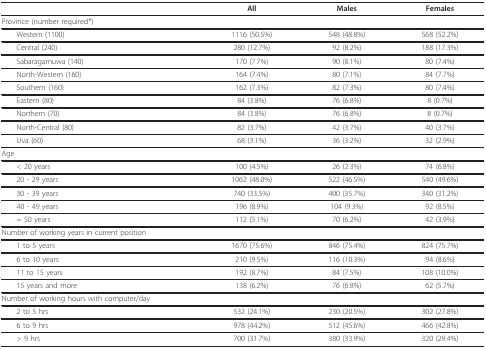
|  | All | Males | Females |
 | --- | --- | --- | --- |
 | Province (number required*) |  |  |  |
 | Western (1100) | 1116 (50.5%) | 548 (48.8%) | 568 (52.2%) |
 | Central (240) | 280 (12.7%) | 92 (8.2%) | 188 (17.3%) |
 | Sabaragamuwa (140) | 170 (7.7%) | 90 (8.1%) | 80 (7.4%) |
 | North-Western (160) | 164 (7.4%) | 80 (7.1%) | 84 (7.7%) |
 | Southern (160) | 162 (7.3%) | 82 (7.3%) | 80 (7.4%) |
 | Eastern (80) | 84 (3.8%) | 76 (6.8%) | 8 (0.7%) |
 | Northern (70) | 84 (3.8%) | 76 (6.8%) | 8 (0.7%) |
 | North-Central (80) | 82 (3.7%) | 42 (3.7%) | 40 (3.7%) |
 | Uva (60) | 68 (3.1%) | 36 (3.2%) | 32 (2.9%) |
 | Age |  |  |  |
 | < 20 years | 100 (4.5%) | 26 (2.3%) | 74 (6.8%) |
 | 20 - 29 years | 1062 (48.0%) | 522 (46.5%) | 540 (49.6%) |
 | 30 - 39 years | 740 (33.5%) | 400 (35.7%) | 340 (31.2%) |
 | 40 - 49 years | 196 (8.9%) | 104 (9.3%) | 92 (8.5%) |
 | = 50 years | 112 (5.1%) | 70 (6.2%) | 42 (3.9%) |
 | Number of working years in current position |  |  |  |
 | 1 to 5 years | 1670 (75.6%) | 846 (75.4%) | 824 (75.7%) |
 | 6 to 10 years | 210 (9.5%) | 116 (10.3%) | 94 (8.6%) |
 | 11 to 15 years | 192 (8.7%) | 84 (7.5%) | 108 (10.0%) |
 | 15 years and more | 138 (6.2%) | 76 (6.8%) | 62 (5.7%) |
 | Number of working hours with computer/day |  |  |  |
 | 2 to 5 hrs | 532 (24.1%) | 230 (20.5%) | 302 (27.8%) |
 | 6 to 9 hrs | 978 (44.2%) | 512 (45.6%) | 466 (42.8%) |
 | > 9 hrs | 700 (31.7%) | 380 (33.9%) | 320 (29.4%) |